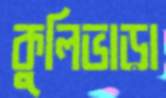
কুলিভাড়া